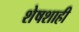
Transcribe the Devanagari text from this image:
शेषशाही